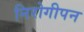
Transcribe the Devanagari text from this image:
निरोगीपन